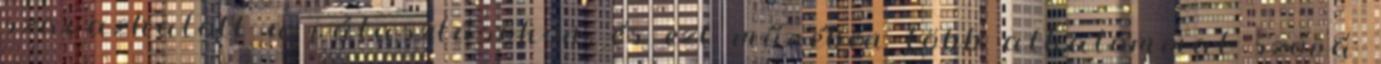
szavazhatott a választásokon, és ezt művében több alkalommal szóvá